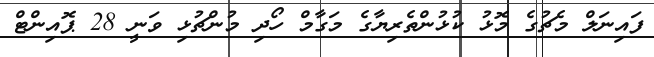
ފައިނަލް މެޗުގެ މޮޅު ކުޅުންތެރިޔާގެ މަގާމް ހޯދި މުންޗުޅި ވަނީ 28 ޕޮއިންޓް